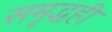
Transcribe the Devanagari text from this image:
समृद्धही